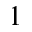
^ { 1 }